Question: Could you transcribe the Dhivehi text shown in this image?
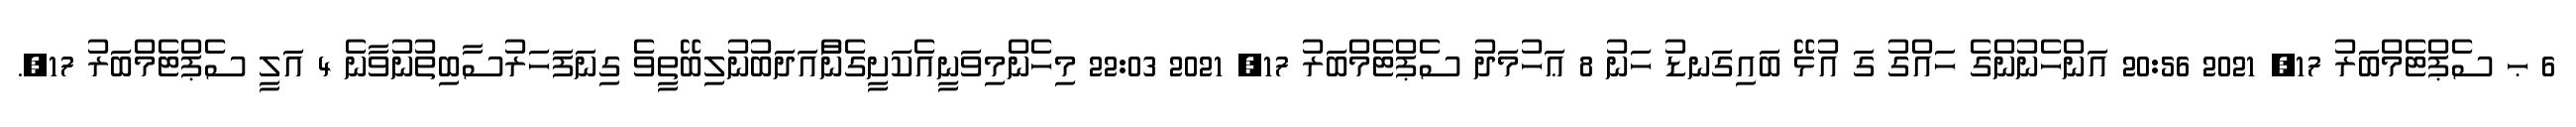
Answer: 6 ޙ ސެޕްޓެމްބަރު 17, 2021 20:56 އަންހެނުންގެ ހައްގު ގަ އުޅޭ ބައިގަނޑު ހަނު 8 ޢަހުމަދު ސެޕްޓެމްބަރު 17, 2021 22:03 މިހެންމިވަނީއެކަށީގެންާއަދަބުނުލިބޭތީވެ ގިނަފަހަރުސާބިތުނުވާނެ 4 އަލީ ސެޕްޓެމްބަރު 17,.